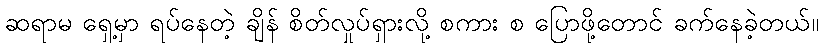
ဆရာမ ရှေ့မှာ ရပ်နေတဲ့ ချိန် စိတ်လှုပ်ရှားလို့ စကား စ ပြောဖို့တောင် ခက်နေခဲ့တယ်။